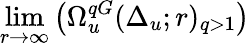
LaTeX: \operatorname*{lim}_{r\to\infty}\left(\Omega_{u}^{qG}(\Delta_{u};r)_{q>1}\right)